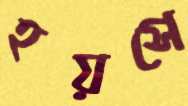
হয়সে